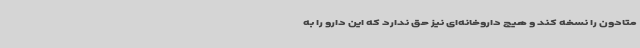
متادون را نسخه کند و هیچ داروخانه‌ای نیز حق ندارد که این دارو را به